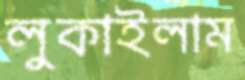
লুকাইলাম